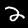
Digit: 2